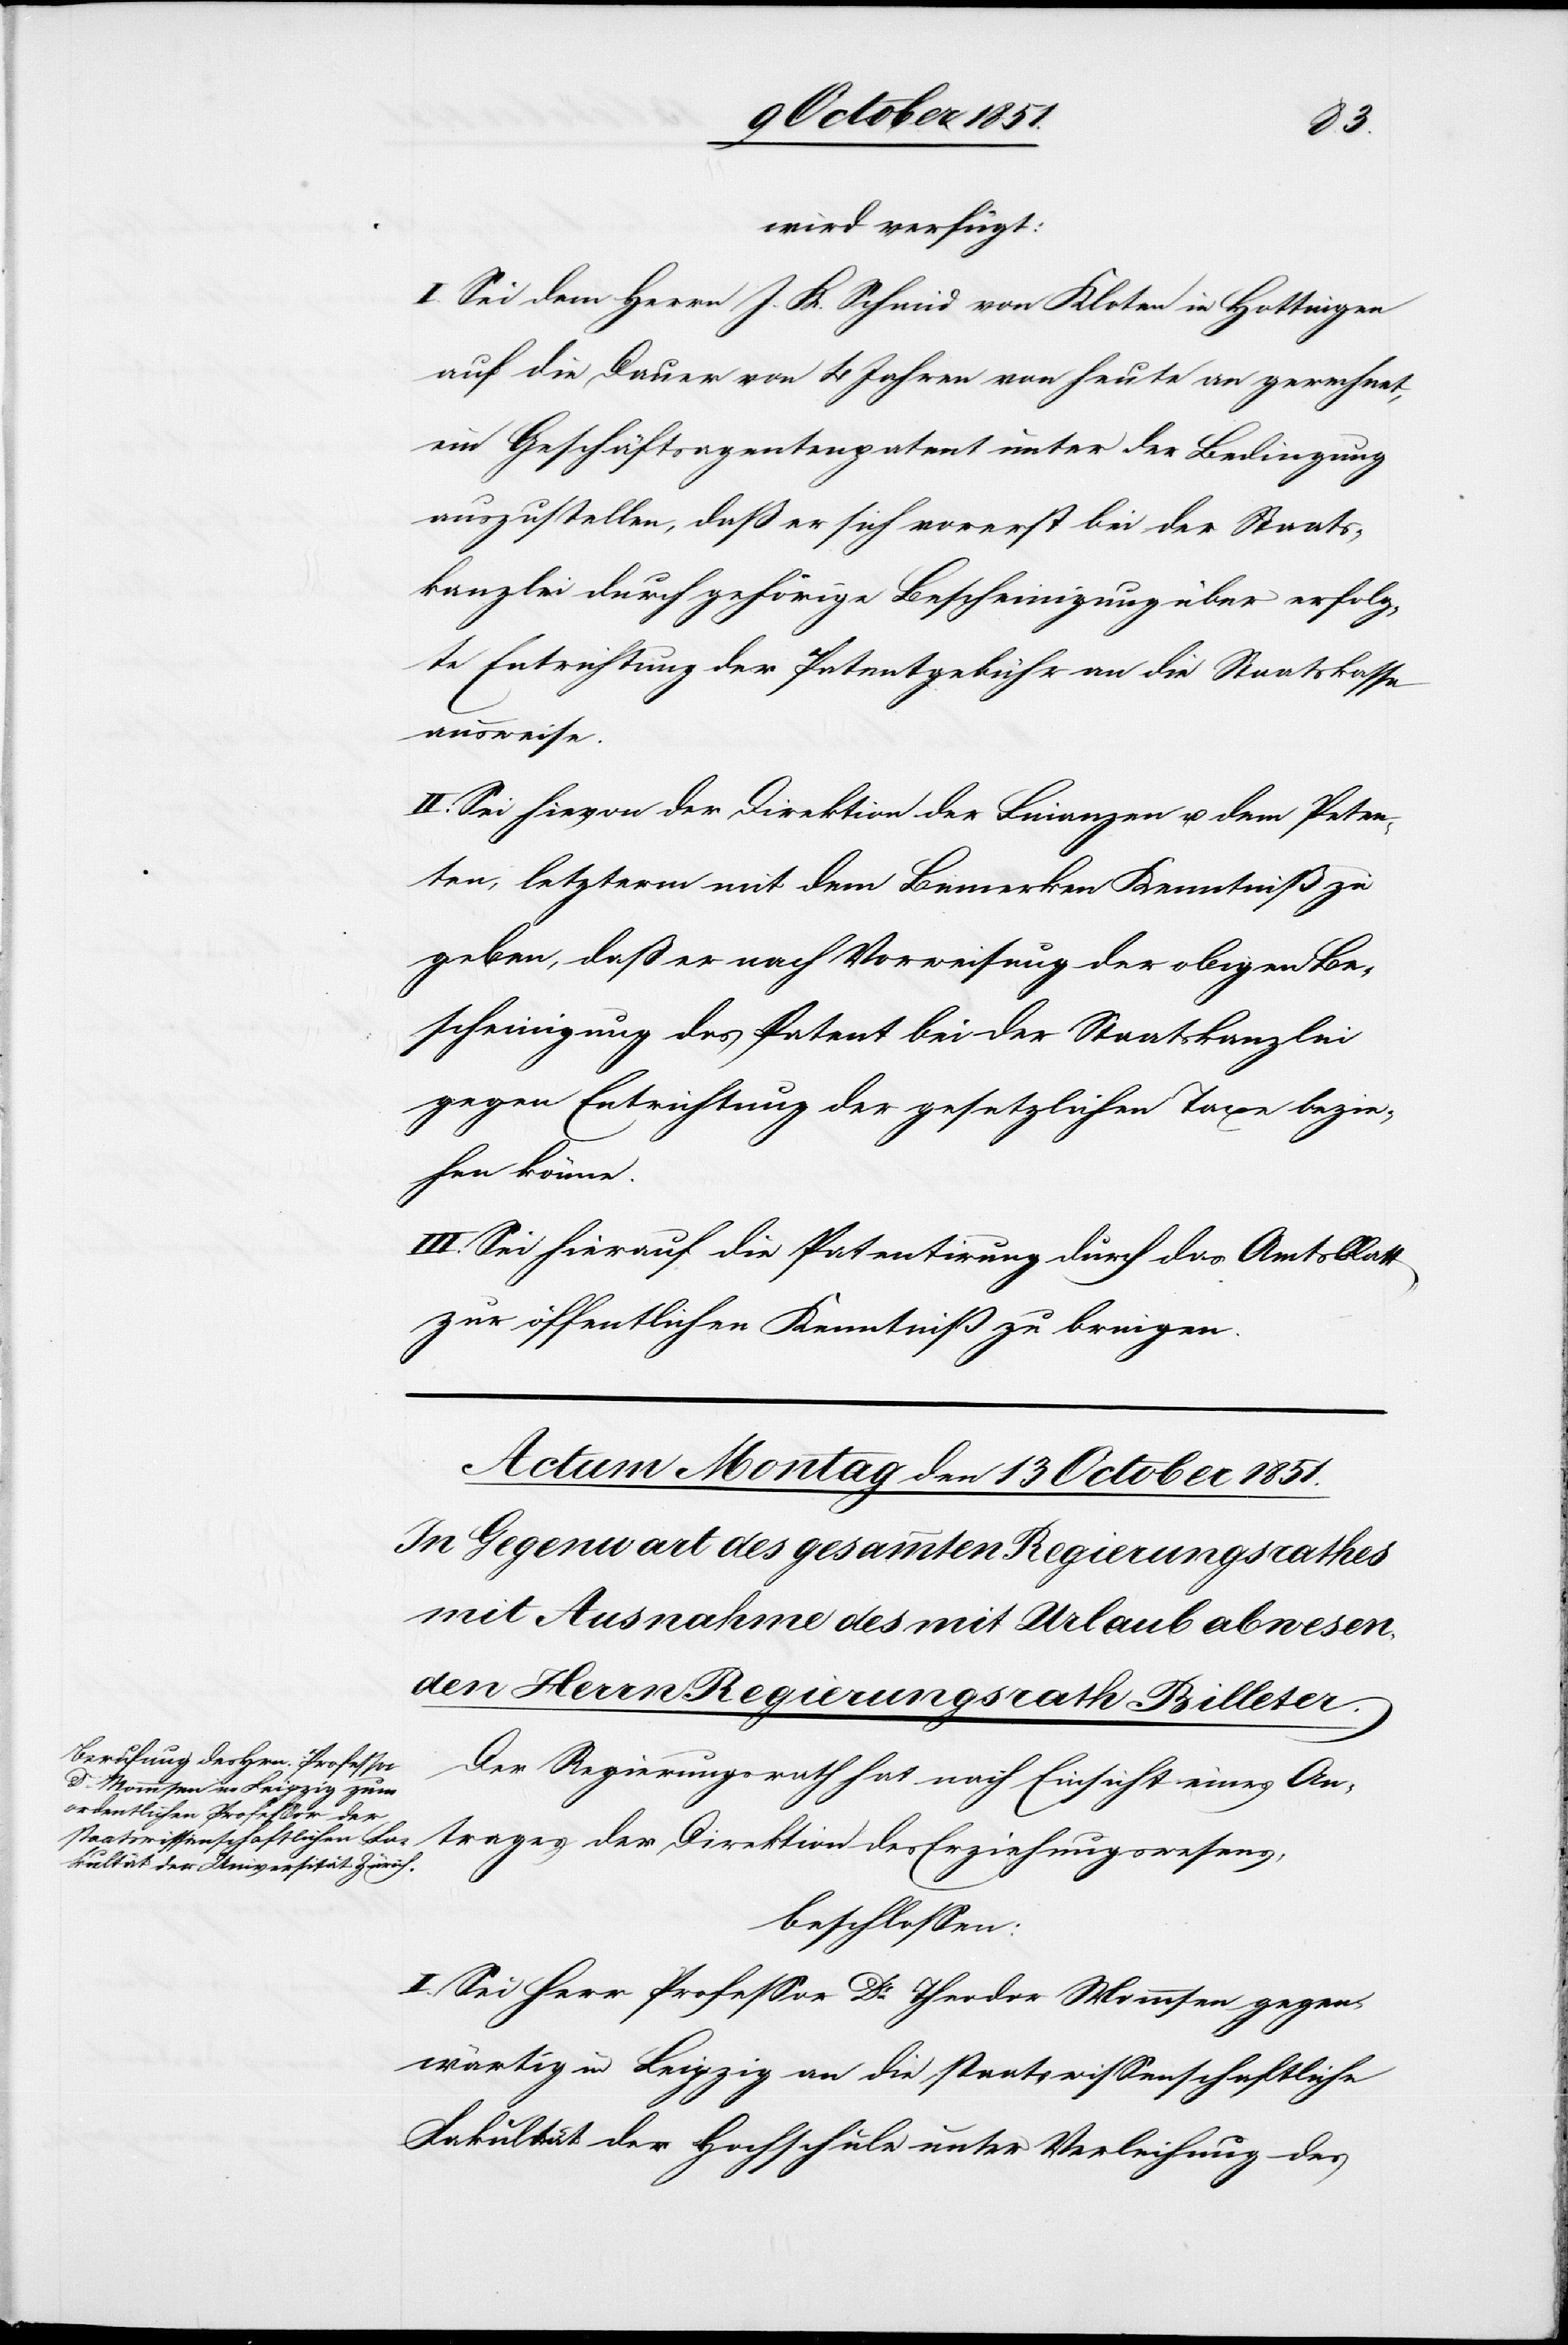
wird verfügt:
I. Sei dem Herrn J. K. Schmid von Kloten in Hottingen
auf die Dauer von 4 Jahren von heute an gerechnet,
ein Geschäftsagentenpatent unter der Bedingung
auszustellen, daß er sich vorerst bei der Staats¬
kanzlei durch gehörige Bescheinigung über erfolg¬
te Entrichtung der Patentgebühr an die Staatskasse
ausweise.
II. Sei hievon der Direktion der Finanzen u. dem Peten¬
ten, letzterm mit dem Bemerken Kenntniß zu
geben, daß er nach Vorweisung der obigen Be¬
scheinigung das Patent bei der Staatskanzlei
gegen Entrichtung der gesetzlichen Taxe bezie¬
hen könne.
III. Sei hierauf die Patentirung durch das Amtsblatt
zur öffentlichen Kenntniß zu bringen.
Der Regierungsrath hat nach Einsicht eines An¬
trages der Direktion des Erziehungswesens,
beschlossen:
I. Sei Herr Professor Dr. Theodor Mommsen gegen¬
wärtig in Leipzig an die staatswissenschaftliche
Fakultät der Hochschule unter Verleihung des